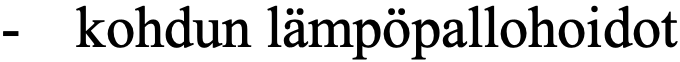
-  kohdun lämpöpallohoidot